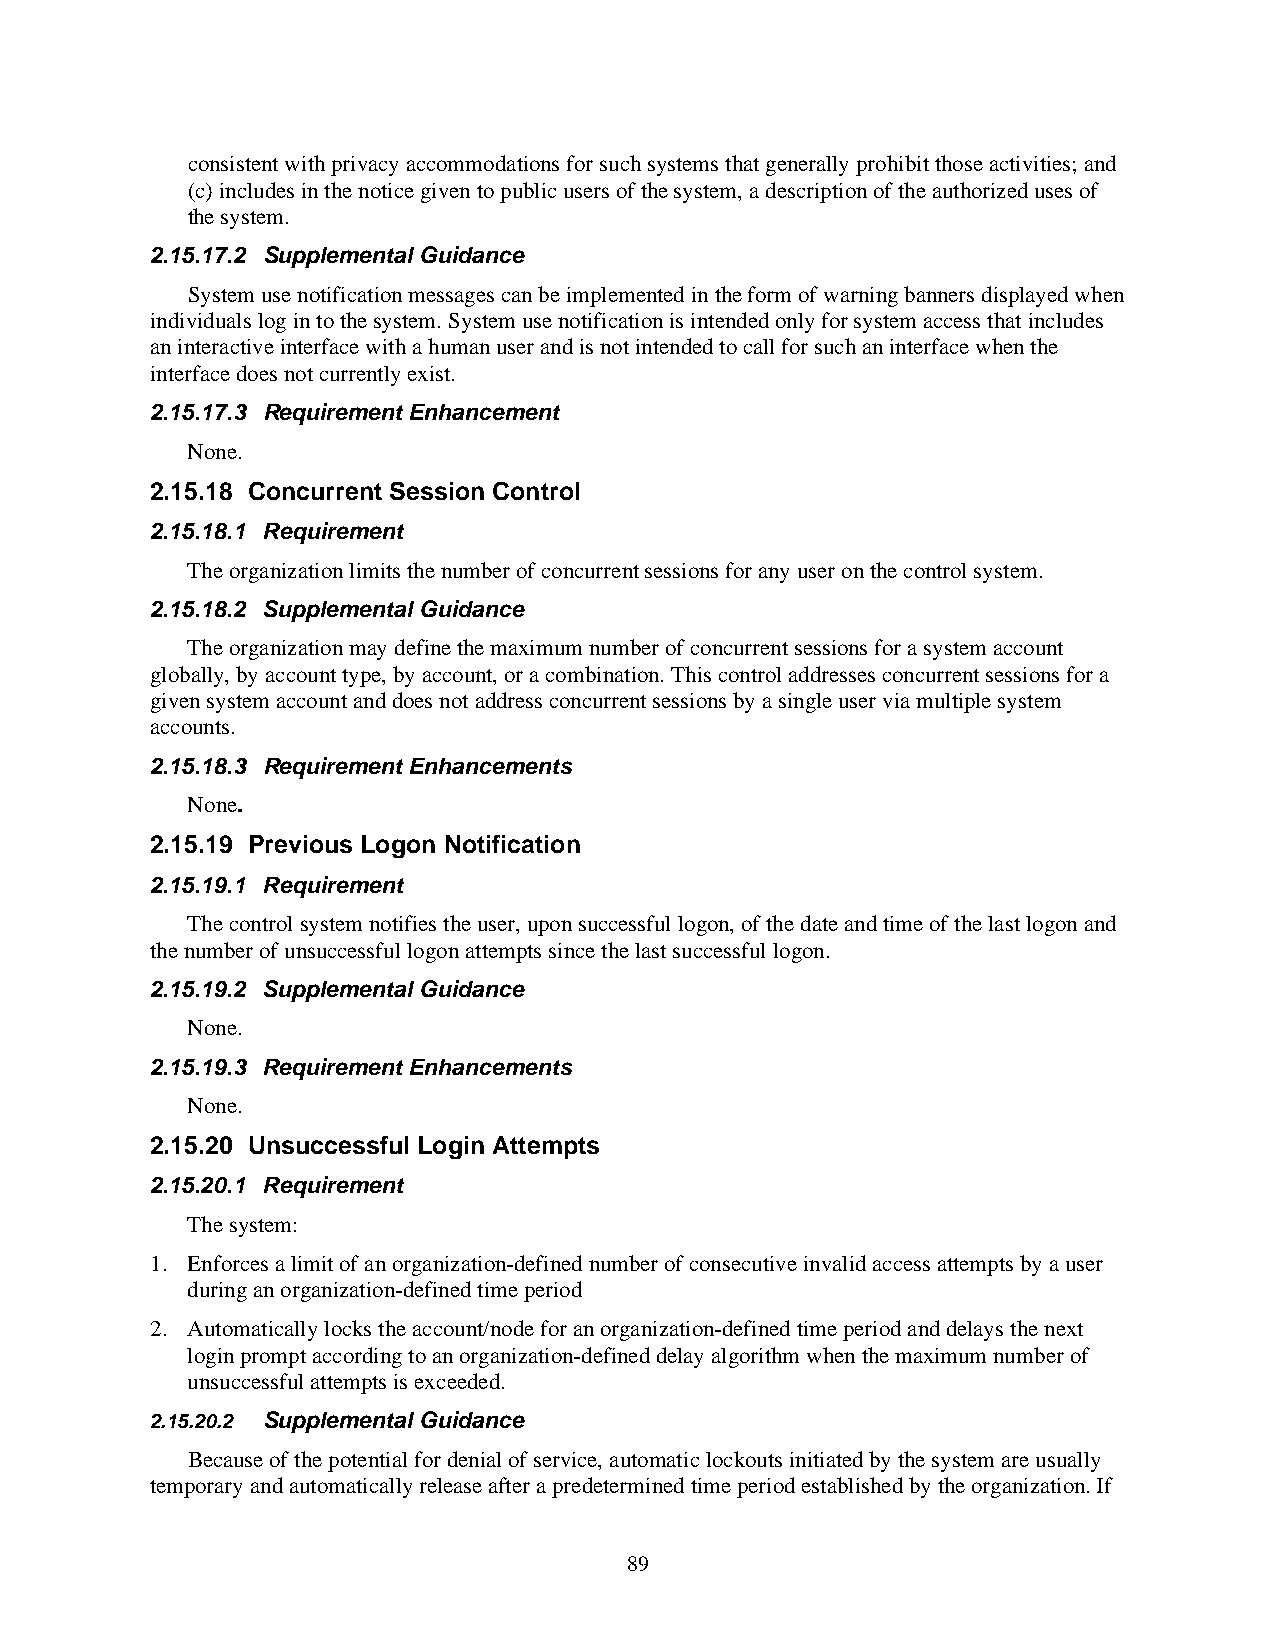
consistent with privacy accommodations for such systems that generally prohibit those activities; and
 (c) includes in the notice given to public users of the system, a description of the authorized uses of
 the system.
 2.15.17.2 Supplemental Guidance
 System use notification messages can be implemented in the form of warning banners displayed when
 individuals log in to the system. System use notification is intended only for system access that includes
 an interactive interface with a human user and is not intended to call for such an interface when the
 interface does not currently exist.
 2.15.17.3 Requirement Enhancement
 None.
 2.15.18 Concurrent Session Control
 2.15.18.1 Requirement
 The organization limits the number of concurrent sessions for any user on the control system.
 2.15.18.2 Supplemental Guidance
 The organization may define the maximum number of concurrent sessions for a system account
 globally, by account type, by account, or a combination. This control addresses concurrent sessions for a
 given system account and does not address concurrent sessions by a single user via multiple system
 accounts.
 2.15.18.3 Requirement Enhancements
 None.
 2.15.19 Previous Logon Notification
 2.15.19.1 Requirement
 The control system notifies the user, upon successful logon, of the date and time of the last logon and
 the number of unsuccessful logon attempts since the last successful logon.
 2.15.19.2 Supplemental Guidance
 None.
 2.15.19.3 Requirement Enhancements
 None.
 2.15.20 Unsuccessful Login Attempts
 2.15.20.1 Requirement
 The system:
 1. Enforces a limit of an organization-defined number of consecutive invalid access attempts by a user
 during an organization-defined time period
 2. Automatically locks the account/node for an organization-defined time period and delays the next
 login prompt according to an organization-defined delay algorithm when the maximum number of
 unsuccessful attempts is exceeded.
 2.15.20.2 Supplemental Guidance
 Because of the potential for denial of service, automatic lockouts initiated by the system are usually
 temporary and automatically release after a predetermined time period established by the organization. If
 89